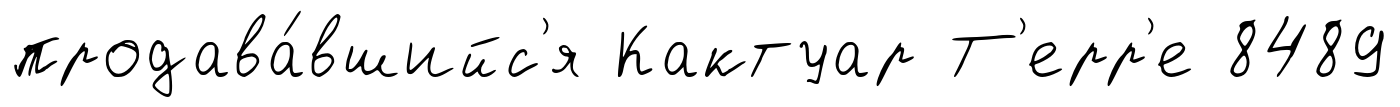
продава́вшийс'я Кактуар Т'ерр'е 8489